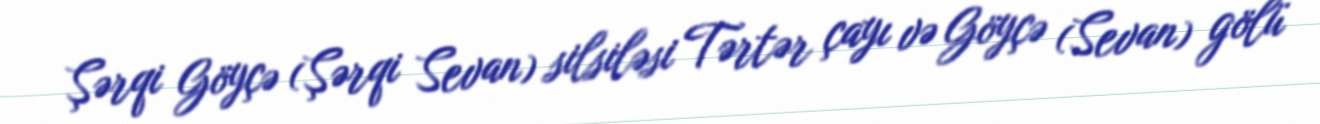
Şərqi Göyçə (Şərqi Sevan) silsiləsi Tərtər çayı və Göyçə (Sevan) gölü